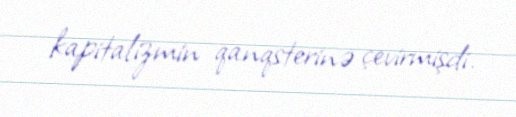
kapitalizmin qanqsterinə çevirmişdi.